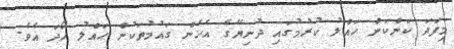
މިފަދަ ކަންކަން ހައްލު ކުރުމުގައި ދުނިޔޭގެ އެހެން ގައުމުތަކުން ހައްލު ހޯދަ އެވެ.